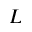
{ \cal L }